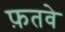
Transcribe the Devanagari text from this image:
फ़तवे